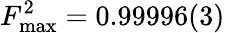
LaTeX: F_{\mathrm{max}}^{2}=0.99996(3)